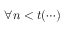
\forall n < t ( \cdots )